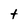
Character: t